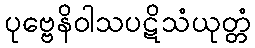
ပုဗ္ဗေနိဝါသပဋိသံယုတ္တံ